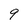
Character: 9